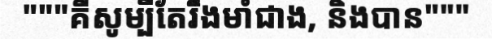
"""គឺសូម្បីតែរឹងមាំជាង, និងបាន"""